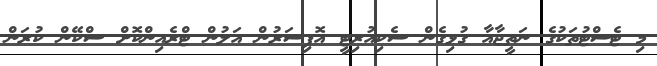
މި ޓެސްޓުތަކުގެ ނަތީޖާއާ ގުޅިގެން ސެކިއުރިޓީ އޮފިސަރުން އަލުން ޓްރެއިންކޮށް ސްކޭން ކުރަން